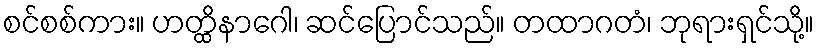
စင်စစ်ကား။ ဟတ္ထိနာဂေါ၊ ဆင်ပြောင်သည်။ တထာဂတံ၊ ဘုရားရှင်သို့။